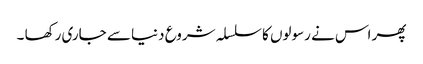
پھر اس نے رسولوں کا سلسلہ شروع دنیا سے جاری رکھا ۔